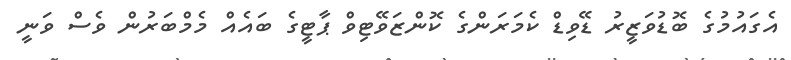
އެގައުމުގެ ބޮޑުވަޒީރު ޑޭވިޑް ކެމަރަންގެ ކޮންޒަވޭޓިވް ޕާޓީގެ ބައެއް މެމްބަރުން ވެސް ވަނީ